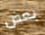
بعض